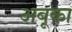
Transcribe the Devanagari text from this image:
अबूका